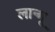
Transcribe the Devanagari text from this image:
लान्गू